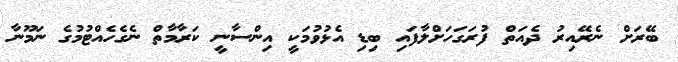
ބޭރަށް ނެރޭއިރު ދެއަތް ފުރަގަހަށްލާފައި ބިޑި އެޅުވުމަކީ އިންސާނީ ކަރާމާތް ނެގެހެއްޓުމުގެ ނަމޫނާ